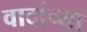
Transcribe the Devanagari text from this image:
वादांच्या